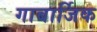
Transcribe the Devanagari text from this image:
गाबार्जिक